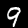
Label: 9